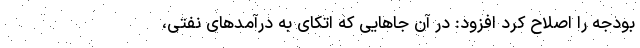
بودجه را اصلاح کرد افزود: در آن جا‌هایی که اتکای به درآمد‌های نفتی،